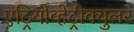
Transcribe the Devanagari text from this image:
एट्रियोव्हेंट्रीक्युलर